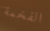
الفخمة